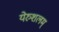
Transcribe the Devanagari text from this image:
येरुशलम्